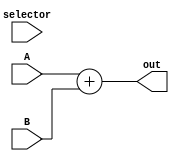
module ula(A, B, selector, out);

	input wire [4:0] A, B, selector;
	output reg [4:0] out;
	
	always begin
        out <= A + B;
    end

endmodule